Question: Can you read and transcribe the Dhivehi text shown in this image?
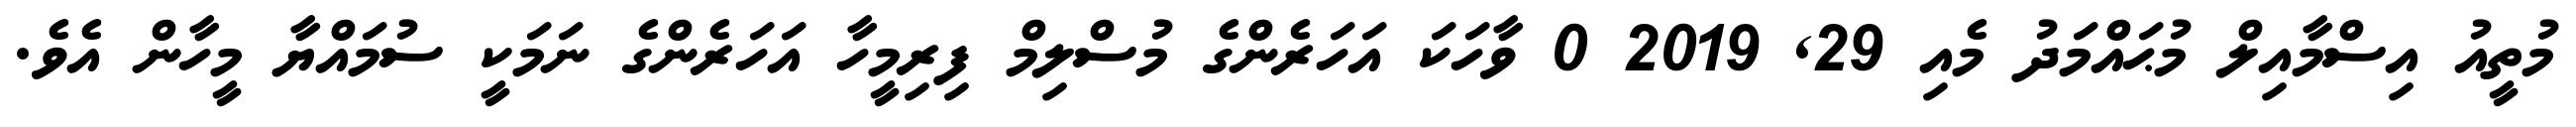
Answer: މުތީއު އިސްމާއިލް މުޙައްމަދު މެއި 29, 2019 0 ވާހަކަ އަހަރެންގެ މުސްލިމް ފިރިމީހާ އަހަރެންގެ ނަމަކީ ސުމައްޔާ މީހާން އެވެ.